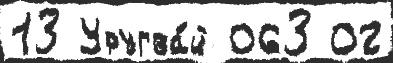
13 Уругва́й 063 02